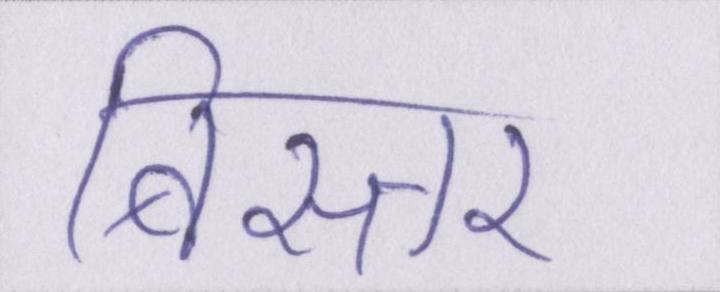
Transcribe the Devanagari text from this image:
बिस्तर